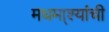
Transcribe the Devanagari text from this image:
मधमा्श्यांची